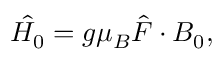
\hat { H _ { 0 } } = g \mu _ { B } \hat { F } \cdot B _ { 0 } ,